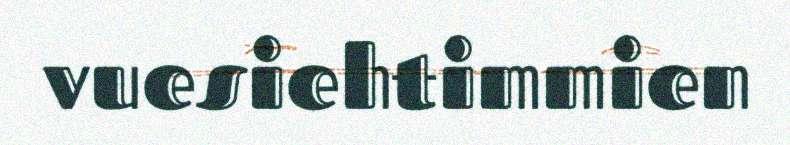
vuesiehtimmien